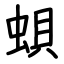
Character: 蛽